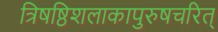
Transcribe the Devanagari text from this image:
त्रिषष्ठिशलाकापुरुषचरित्